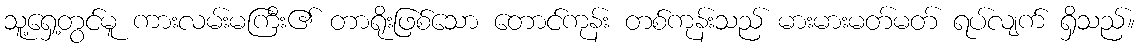
သူ့ရှေ့တွင်မူ ကားလမ်းမကြီး၏ တာရိုးဖြစ်သော တောင်ကုန်း တစ်ကုန်းသည် မားမားမတ်မတ် ရပ်လျက် ရှိသည်။